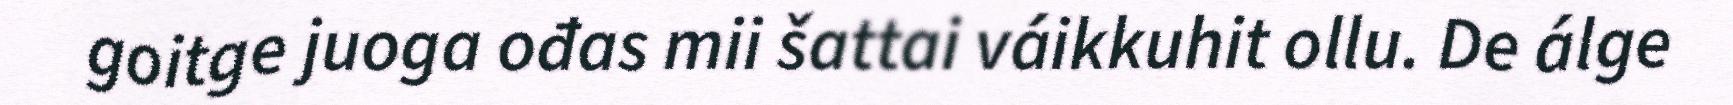
goitge juoga ođas mii šattai váikkuhit ollu. De álge